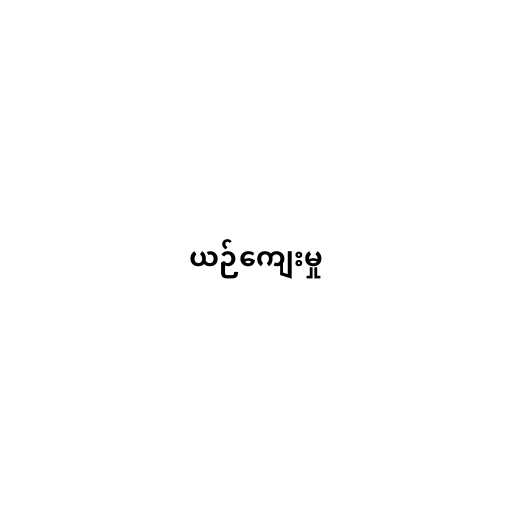
ယဉ်ကျေးမှု